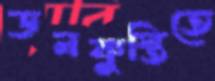
ডনকুস্তিতে